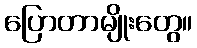
ပြောတာမျိုးတွေ။